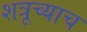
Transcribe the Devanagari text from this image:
शत्रूच्याच